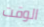
الوقت